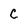
Character: C